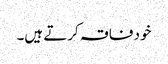
خود فاقہ کرتے ہیں۔